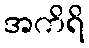
အကိရိ